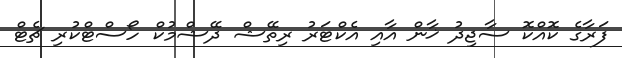
ފަރާގެ ކޮއްކޮ ސާޖިދު ޚާން އާއި އެކްޓަރު ރިތޭޝް ދޭޝްމުކް ހޯސްޓްކުރި ޗެޓް